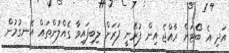
އަދި އެ ބޯޓަށް ރާއްޖެ އިން ފުރޭނީ ފަރަށް ލިބިފައިވާ ގެއްލުންތައް އެނގުމުން